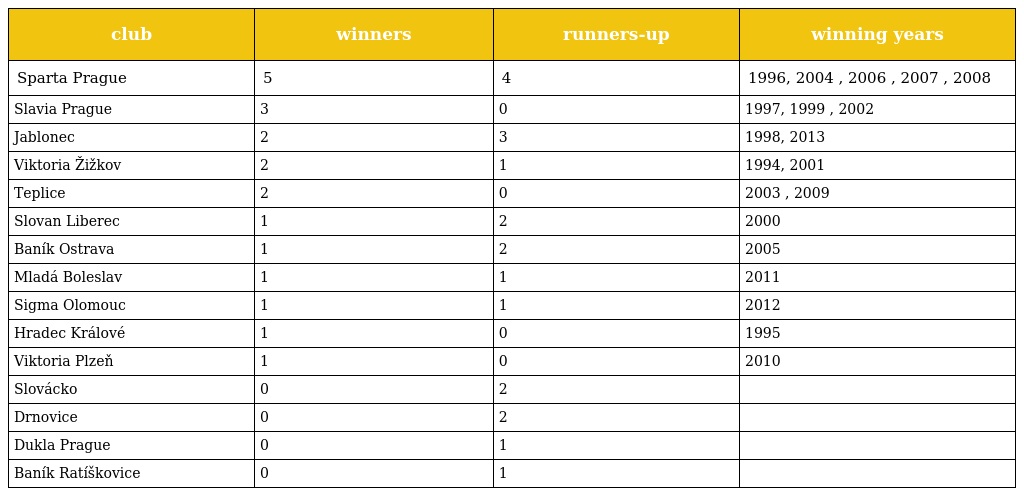
| club | winners | runners-up | winning years |
 | --- | --- | --- | --- |
 | Sparta Prague | 5 | 4 | 1996, 2004 , 2006 , 2007 , 2008 |
 | Slavia Prague | 3 | 0 | 1997, 1999 , 2002 |
 | Jablonec | 2 | 3 | 1998, 2013 |
 | Viktoria Žižkov | 2 | 1 | 1994, 2001 |
 | Teplice | 2 | 0 | 2003 , 2009 |
 | Slovan Liberec | 1 | 2 | 2000 |
 | Baník Ostrava | 1 | 2 | 2005 |
 | Mladá Boleslav | 1 | 1 | 2011 |
 | Sigma Olomouc | 1 | 1 | 2012 |
 | Hradec Králové | 1 | 0 | 1995 |
 | Viktoria Plzeň | 1 | 0 | 2010 |
 | Slovácko | 0 | 2 |  |
 | Drnovice | 0 | 2 |  |
 | Dukla Prague | 0 | 1 |  |
 | Baník Ratíškovice | 0 | 1 |  |